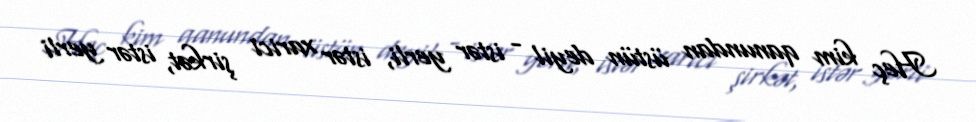
Heç kim qanundan üstün deyil - istər yerli, istər xarici şirkət, istər yerli